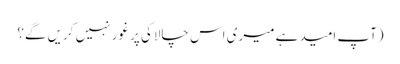
(آپ امید ہے میری اس چالاکی پر غور نہیں کریں گے؟